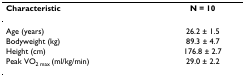
<table><thead><tr><td><b>Characteristic</b></td><td><b>N = 10</b></td></tr></thead><tbody><tr><td>Age (years)</td><td>26.2 ± 1.5</td></tr><tr><td>Bodyweight (kg)</td><td>89.3 ± 4.7</td></tr><tr><td>Height (cm)</td><td>176.8 ± 2.7</td></tr><tr><td>Peak VO<sub>2 max </sub>(ml/kg/min)</td><td>29.0 ± 2.2</td></tr></tbody></table>